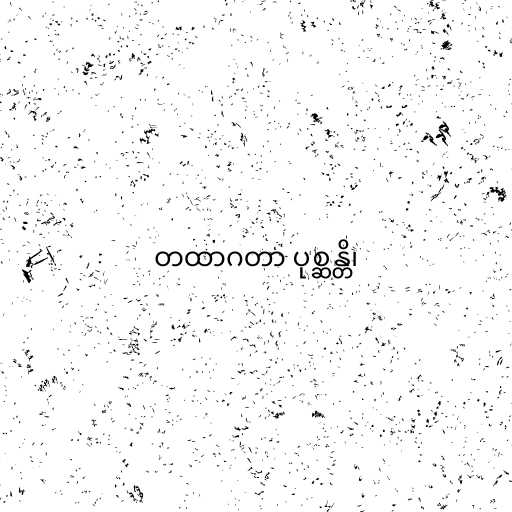
တထာဂတာ ပုစ္ဆန္တိ၊